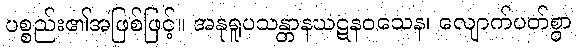
ပစ္စည်း၏အဖြစ်ဖြင့်။ အနုရူပသန္တာနဃဋနဝသေန၊ လျောက်ပတ်စွာ